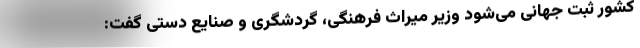
کشور ثبت جهانی می‌شود وزیر میراث فرهنگی، گردشگری و صنایع دستی گفت: